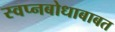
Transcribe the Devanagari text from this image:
स्वप्नबोधाबाबत